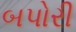
બપોરી